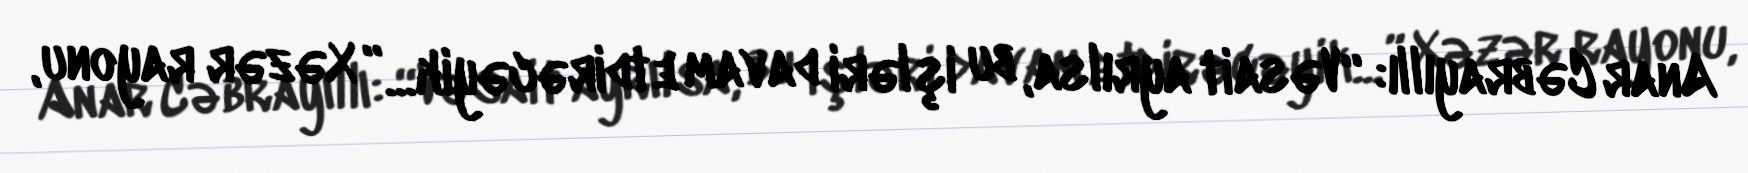
Anar Cəbrayıllı: “Vəsait ayrılsa, bu işləri davam etdirəcəyik...” Xəzər rayonu,